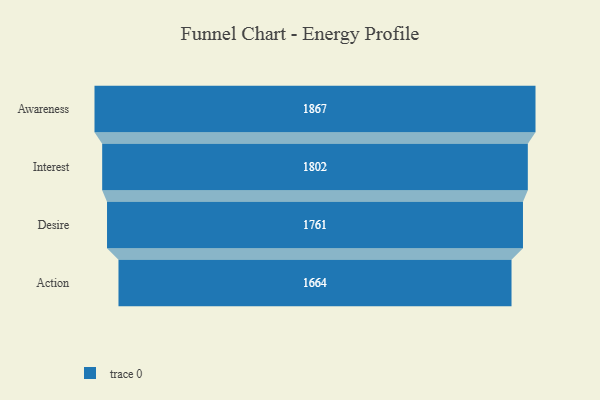
{"axis": {"x": "Stage", "y": "Value"}, "legend": [""], "data": [{"x": "Awareness", "y": 1867.0, "type": ""}, {"x": "Interest", "y": 1802.0, "type": ""}, {"x": "Desire", "y": 1761.0, "type": ""}, {"x": "Action", "y": 1664.0, "type": ""}]}